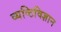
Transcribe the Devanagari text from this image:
व्यष्टिविज्ञान